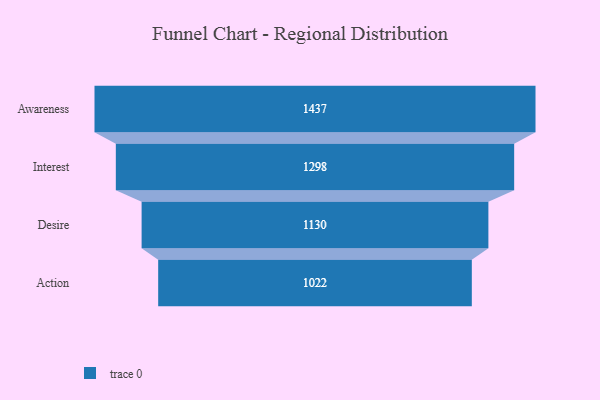
{"axis": {"x": "Stage", "y": "Value"}, "legend": [""], "data": [{"x": "Awareness", "y": 1437.0, "type": ""}, {"x": "Interest", "y": 1298.0, "type": ""}, {"x": "Desire", "y": 1130.0, "type": ""}, {"x": "Action", "y": 1022.0, "type": ""}]}